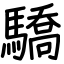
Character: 驕